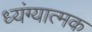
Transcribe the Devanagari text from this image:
ध्यंग्यात्मक